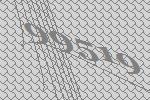
99519